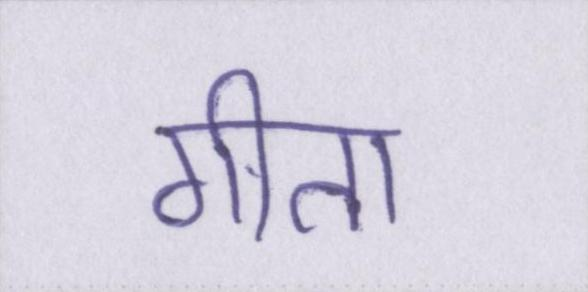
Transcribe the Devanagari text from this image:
गीता